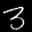
Label: 3